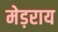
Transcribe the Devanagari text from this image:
मेड़राय